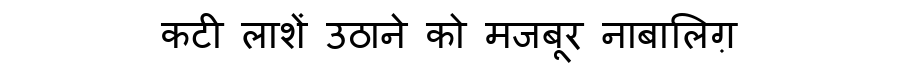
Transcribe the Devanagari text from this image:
कटी लाशें उठाने को मजबूर नाबालिग़